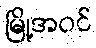
မြို့အဝင်